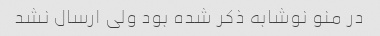
در منو نوشابه ذکر شده بود ولی ارسال نشد